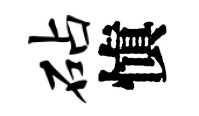
砧愼